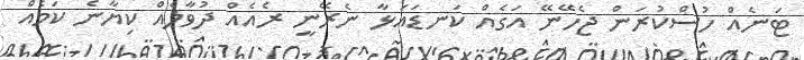
ޓަނެއް ހުސްކުރަން ޖެހޭނޭ އަގެއް ކަނޑައަޅާ ނެރޭނީ ރެއެއް ދުވާލެއް ކިޔާނެ ކަމެއް